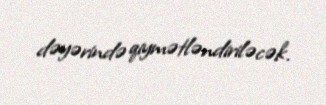
dəyərində qiymətləndiriləcək.